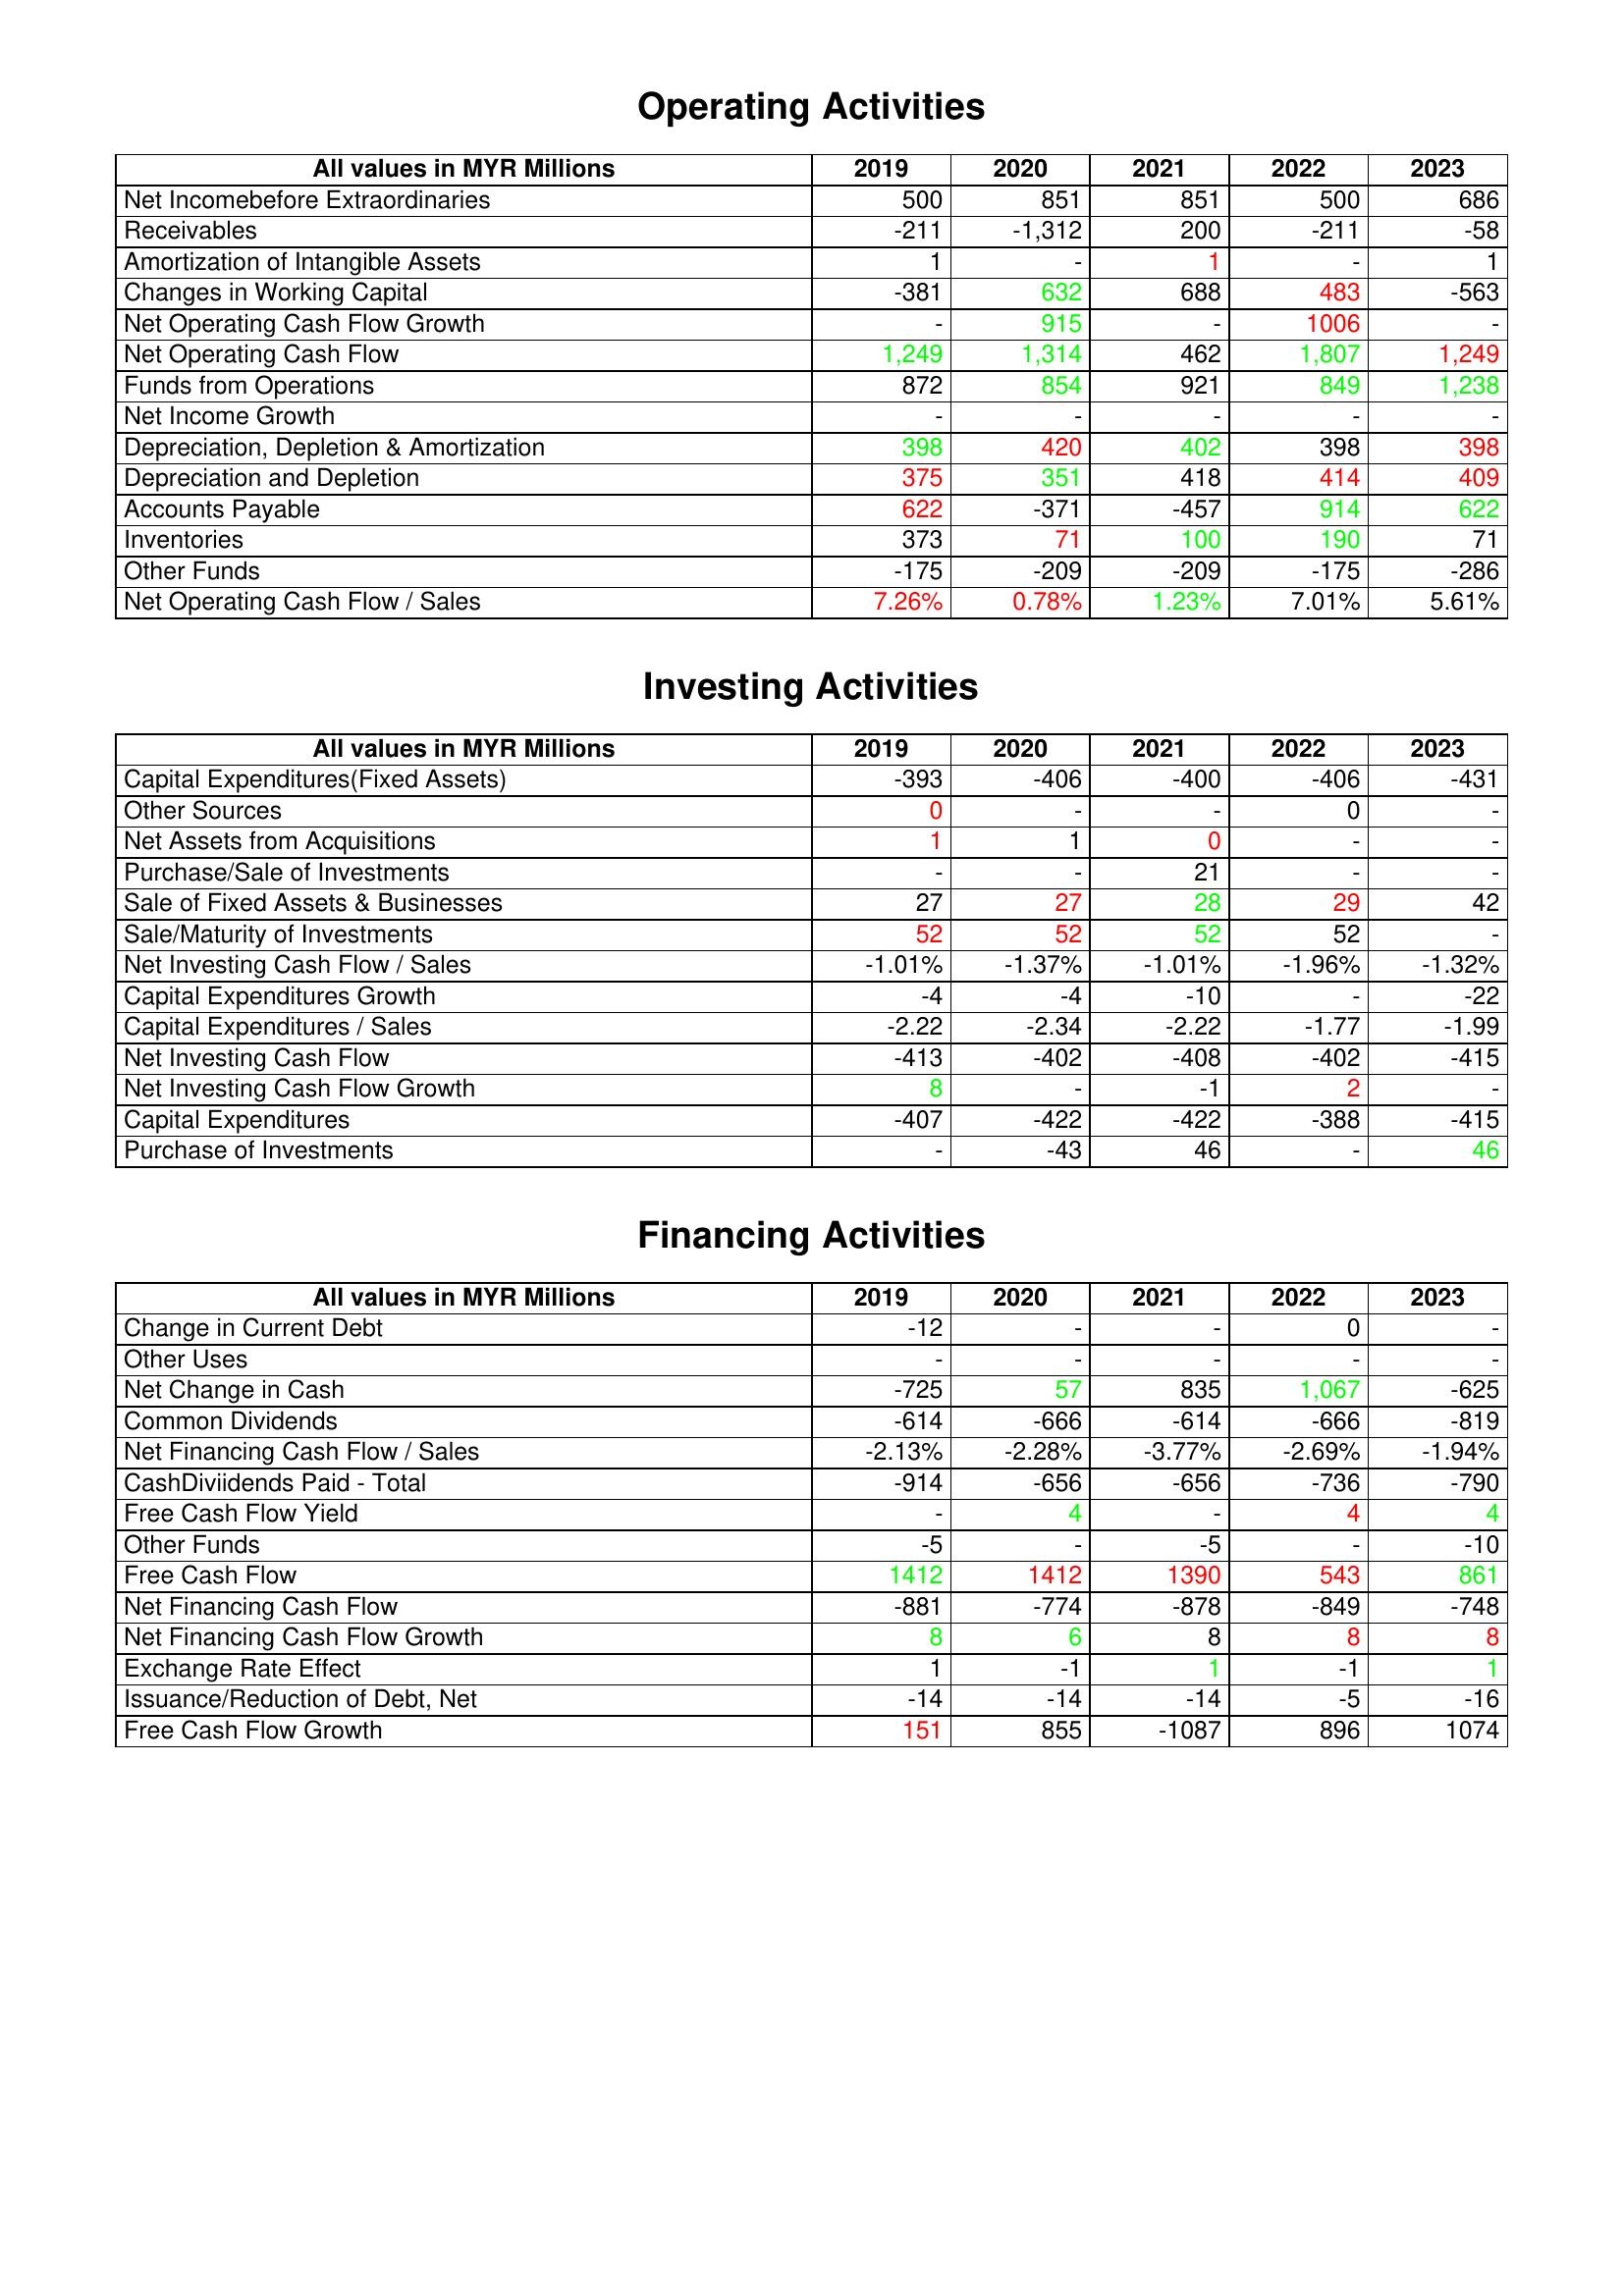
gt_parse: 2019: Operating Activities: Net Incomebefore Extraordinaries: 500
Receivables: -211
Amortization of Intangible Assets: 1
Changes in Working Capital: -381
Net Operating Cash Flow Growth: -
Net Operating Cash Flow: 1,249
Funds from Operations: 872
Net Income Growth: -
Depreciation, Depletion & Amortization: 398
Depreciation and Depletion: 375
Accounts Payable: 622
Inventories: 373
Other Funds: -175
Net Operating Cash Flow / Sales: 7.26%
Investing Activities: Capital Expenditures(Fixed Assets): -393
Other Sources: 0
Net Assets from Acquisitions: 1
Purchase/Sale of Investments: -
Sale of Fixed Assets & Businesses: 27
Sale/Maturity of Investments: 52
Net Investing Cash Flow / Sales: -1.01%
Capital Expenditures Growth: -4
Capital Expenditures / Sales: -2.22
Net Investing Cash Flow: -413
Net Investing Cash Flow Growth: 8
Capital Expenditures: -407
Purchase of Investments: -
Financing Activities: Change in Current Debt: -12
Other Uses: -
Net Change in Cash: -725
Common Dividends: -614
Net Financing Cash Flow / Sales: -2.13%
CashDiviidends Paid - Total: -914
Free Cash Flow Yield: -
Other Funds: -5
Free Cash Flow: 1412
Net Financing Cash Flow: -881
Net Financing Cash Flow Growth: 8
Exchange Rate Effect: 1
Issuance/Reduction of Debt, Net: -14
Free Cash Flow Growth: 151
2020: Operating Activities: Net Incomebefore Extraordinaries: 851
Receivables: -1,312
Amortization of Intangible Assets: -
Changes in Working Capital: 632
Net Operating Cash Flow Growth: 915
Net Operating Cash Flow: 1,314
Funds from Operations: 854
Net Income Growth: -
Depreciation, Depletion & Amortization: 420
Depreciation and Depletion: 351
Accounts Payable: -371
Inventories: 71
Other Funds: -209
Net Operating Cash Flow / Sales: 0.78%
Investing Activities: Capital Expenditures(Fixed Assets): -406
Other Sources: -
Net Assets from Acquisitions: 1
Purchase/Sale of Investments: -
Sale of Fixed Assets & Businesses: 27
Sale/Maturity of Investments: 52
Net Investing Cash Flow / Sales: -1.37%
Capital Expenditures Growth: -4
Capital Expenditures / Sales: -2.34
Net Investing Cash Flow: -402
Net Investing Cash Flow Growth: -
Capital Expenditures: -422
Purchase of Investments: -43
Financing Activities: Change in Current Debt: -
Other Uses: -
Net Change in Cash: 57
Common Dividends: -666
Net Financing Cash Flow / Sales: -2.28%
CashDiviidends Paid - Total: -656
Free Cash Flow Yield: 4
Other Funds: -
Free Cash Flow: 1412
Net Financing Cash Flow: -774
Net Financing Cash Flow Growth: 6
Exchange Rate Effect: -1
Issuance/Reduction of Debt, Net: -14
Free Cash Flow Growth: 855
2021: Operating Activities: Net Incomebefore Extraordinaries: 851
Receivables: 200
Amortization of Intangible Assets: 1
Changes in Working Capital: 688
Net Operating Cash Flow Growth: -
Net Operating Cash Flow: 462
Funds from Operations: 921
Net Income Growth: -
Depreciation, Depletion & Amortization: 402
Depreciation and Depletion: 418
Accounts Payable: -457
Inventories: 100
Other Funds: -209
Net Operating Cash Flow / Sales: 1.23%
Investing Activities: Capital Expenditures(Fixed Assets): -400
Other Sources: -
Net Assets from Acquisitions: 0
Purchase/Sale of Investments: 21
Sale of Fixed Assets & Businesses: 28
Sale/Maturity of Investments: 52
Net Investing Cash Flow / Sales: -1.01%
Capital Expenditures Growth: -10
Capital Expenditures / Sales: -2.22
Net Investing Cash Flow: -408
Net Investing Cash Flow Growth: -1
Capital Expenditures: -422
Purchase of Investments: 46
Financing Activities: Change in Current Debt: -
Other Uses: -
Net Change in Cash: 835
Common Dividends: -614
Net Financing Cash Flow / Sales: -3.77%
CashDiviidends Paid - Total: -656
Free Cash Flow Yield: -
Other Funds: -5
Free Cash Flow: 1390
Net Financing Cash Flow: -878
Net Financing Cash Flow Growth: 8
Exchange Rate Effect: 1
Issuance/Reduction of Debt, Net: -14
Free Cash Flow Growth: -1087
2022: Operating Activities: Net Incomebefore Extraordinaries: 500
Receivables: -211
Amortization of Intangible Assets: -
Changes in Working Capital: 483
Net Operating Cash Flow Growth: 1006
Net Operating Cash Flow: 1,807
Funds from Operations: 849
Net Income Growth: -
Depreciation, Depletion & Amortization: 398
Depreciation and Depletion: 414
Accounts Payable: 914
Inventories: 190
Other Funds: -175
Net Operating Cash Flow / Sales: 7.01%
Investing Activities: Capital Expenditures(Fixed Assets): -406
Other Sources: 0
Net Assets from Acquisitions: -
Purchase/Sale of Investments: -
Sale of Fixed Assets & Businesses: 29
Sale/Maturity of Investments: 52
Net Investing Cash Flow / Sales: -1.96%
Capital Expenditures Growth: -
Capital Expenditures / Sales: -1.77
Net Investing Cash Flow: -402
Net Investing Cash Flow Growth: 2
Capital Expenditures: -388
Purchase of Investments: -
Financing Activities: Change in Current Debt: 0
Other Uses: -
Net Change in Cash: 1,067
Common Dividends: -666
Net Financing Cash Flow / Sales: -2.69%
CashDiviidends Paid - Total: -736
Free Cash Flow Yield: 4
Other Funds: -
Free Cash Flow: 543
Net Financing Cash Flow: -849
Net Financing Cash Flow Growth: 8
Exchange Rate Effect: -1
Issuance/Reduction of Debt, Net: -5
Free Cash Flow Growth: 896
2023: Operating Activities: Net Incomebefore Extraordinaries: 686
Receivables: -58
Amortization of Intangible Assets: 1
Changes in Working Capital: -563
Net Operating Cash Flow Growth: -
Net Operating Cash Flow: 1,249
Funds from Operations: 1,238
Net Income Growth: -
Depreciation, Depletion & Amortization: 398
Depreciation and Depletion: 409
Accounts Payable: 622
Inventories: 71
Other Funds: -286
Net Operating Cash Flow / Sales: 5.61%
Investing Activities: Capital Expenditures(Fixed Assets): -431
Other Sources: -
Net Assets from Acquisitions: -
Purchase/Sale of Investments: -
Sale of Fixed Assets & Businesses: 42
Sale/Maturity of Investments: -
Net Investing Cash Flow / Sales: -1.32%
Capital Expenditures Growth: -22
Capital Expenditures / Sales: -1.99
Net Investing Cash Flow: -415
Net Investing Cash Flow Growth: -
Capital Expenditures: -415
Purchase of Investments: 46
Financing Activities: Change in Current Debt: -
Other Uses: -
Net Change in Cash: -625
Common Dividends: -819
Net Financing Cash Flow / Sales: -1.94%
CashDiviidends Paid - Total: -790
Free Cash Flow Yield: 4
Other Funds: -10
Free Cash Flow: 861
Net Financing Cash Flow: -748
Net Financing Cash Flow Growth: 8
Exchange Rate Effect: 1
Issuance/Reduction of Debt, Net: -16
Free Cash Flow Growth: 1074